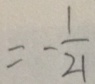
= - \frac { 1 } { 2 1 }